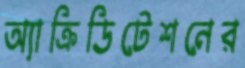
অ্যাক্রিডিটেশনের